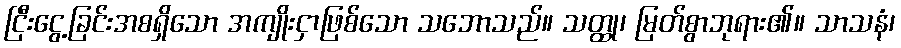
ငြီးငွေ့ခြင်းအစရှိသော အကျိုးငှာဖြစ်သော သဘောသည်။ သတ္ထု၊ မြတ်စွာဘုရား၏။ သာသနံ၊